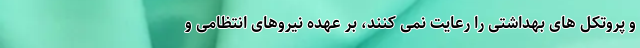
و پروتکل های بهداشتی را رعایت نمی کنند، بر عهده نیروهای انتظامی و